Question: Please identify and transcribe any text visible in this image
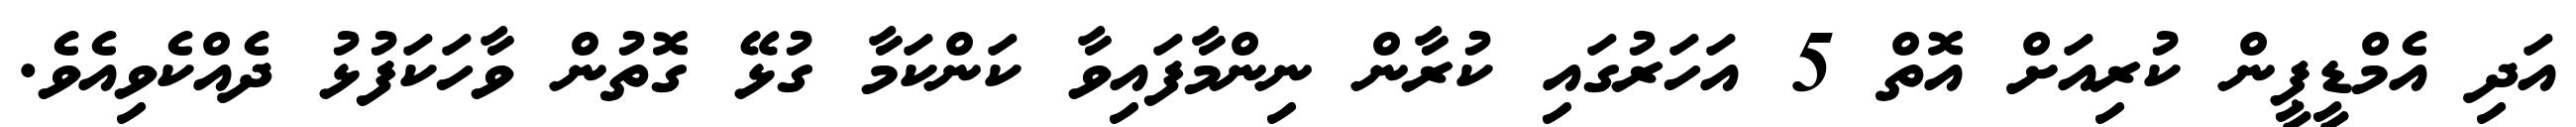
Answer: އަދި އެމްޑީޕީން ކުރިއަށް އޮތް 5 އަހަރުގައި ކުރާން ނިންމާފައިވާ ކަންކަމާ ގުޅޭ ގޮތުން ވާހަކަފުޅު ދެއްކެވިއެވެ.